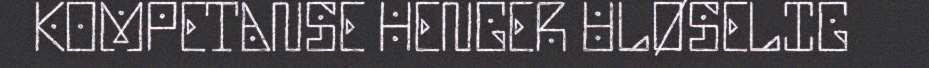
KOMPETANSE HENGER ULØSELIG